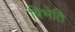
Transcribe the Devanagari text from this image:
बिभेति